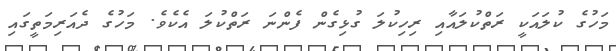
މަހުގެ ކުލައަކީ ރަތްކުލައާއި ރިހިކުލަ ގުޅިގެން ފެންނަ ރަތްކުލަ އެކެވެ. މަހުގެ ދެއަރިމަތީގައި